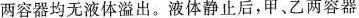
两容器均无液体溢出。液体静止后，甲、乙两容器